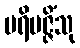
ပရိမဇ္ဇိံသု